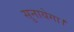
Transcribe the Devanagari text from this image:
सुनायेगा।